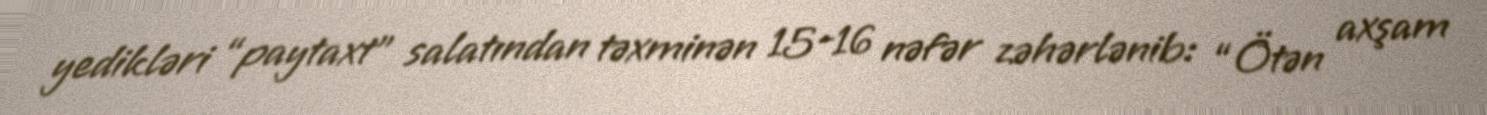
yedikləri “paytaxt” salatından təxminən 15-16 nəfər zəhərlənib: “Ötən axşam